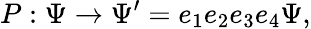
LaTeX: P:\Psi\rightarrow\Psi^{\prime}=e_{1}e_{2}e_{3}e_{4}\Psi,